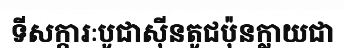
ទីសក្ការៈបូជាស៊ីនតូជប៉ុនក្លាយជា